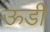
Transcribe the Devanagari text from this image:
ऊडी